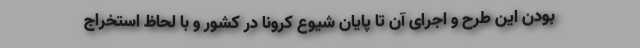
بودن این طرح و اجرای آن تا پایان شیوع کرونا در کشور و با لحاظ استخراج